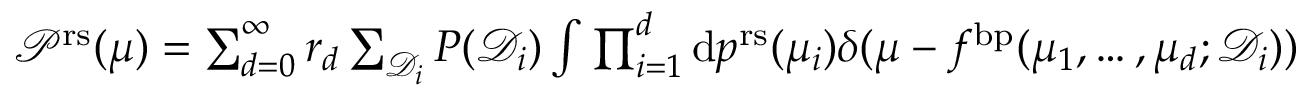
\begin{array} { r } { \mathcal { P } ^ { \mathrm { r s } } ( \mu ) = \sum _ { d = 0 } ^ { \infty } r _ { d } \sum _ { \mathcal { D } _ { i } } P ( \mathcal { D } _ { i } ) \int \prod _ { i = 1 } ^ { d } \mathrm { d } p ^ { \mathrm { r s } } ( \mu _ { i } ) \delta ( \mu - f ^ { \mathrm { b p } } ( \mu _ { 1 } , \dots , \mu _ { d } ; \mathcal { D } _ { i } ) ) } \end{array}